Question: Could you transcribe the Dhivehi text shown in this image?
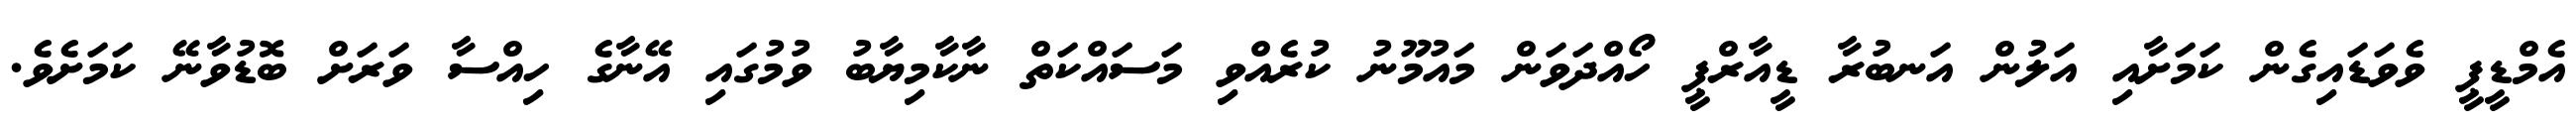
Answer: އެމްޑީޕީ ވެވަޑައިގެން ކަމަށާއި އަލުން އަނބުރާ ޑީއާރްޕީ ހޯއްދަވަން މައުމޫނު ކުރެއްވި މަސައްކަތް ނާކާމިޔާބު ވުމުގައި އޭނާގެ ހިއްސާ ވަރަށް ބޮޑުވާނޭ ކަމަށެވެ.